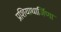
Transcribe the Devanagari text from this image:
प्रशियाधार्जिणा